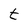
Character: t